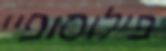
פילוסופיי